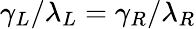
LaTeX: \gamma_{L}/\lambda_{L}=\gamma_{R}/\lambda_{R}